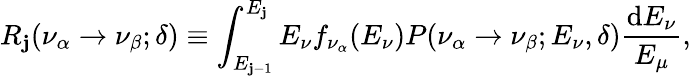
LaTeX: R_{\mathbf{j}}(\nu_{\alpha}\rightarrow\nu_{\beta};\delta)\equiv\int_{E_{\mathbf{j}-1}}^{E_{\mathbf{j}}}E_{\nu}f_{\nu_{\alpha}}(E_{\nu})P(\nu_{\alpha}\rightarrow\nu_{\beta};E_{\nu},\delta)\frac{{\mathrm{{d}}E_{\nu}}}{{E_{\mu}}},